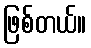
ဖြစ်တယ်။